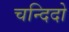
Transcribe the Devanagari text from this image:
चन्दिदो